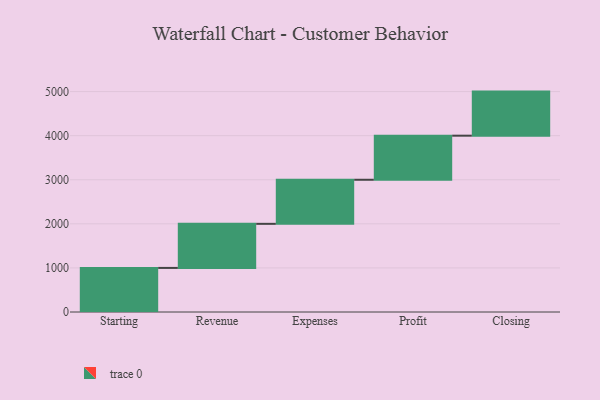
{"axis": {"x": "Step", "y": "Value"}, "legend": [""], "data": [{"x": "Starting", "y": 1000, "type": ""}, {"x": "Revenue", "y": 1000, "type": ""}, {"x": "Expenses", "y": 1000, "type": ""}, {"x": "Profit", "y": 1000, "type": ""}, {"x": "Closing", "y": 1000, "type": ""}]}